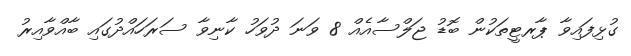
ގުޅިފައިވާ ޕާރޓީތަކުން ބޮޑު ޖަލްސާއެއް 8 ވަނަ ދުވަހު ކާނިވާ ސަރަހައްދުގައި ބާއްވާއިރު